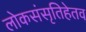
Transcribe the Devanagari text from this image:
लोकसंसृतिहेतव